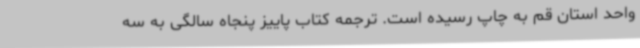
واحد استان قم به چاپ رسیده است. ترجمه کتاب پاییز پنجاه سالگی به سه